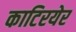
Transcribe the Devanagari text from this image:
काटिरयेर